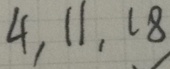
4 , 1 1 , 1 8